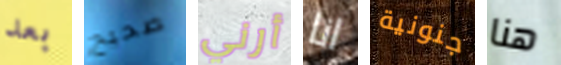
بعد صحيح أرني انا جنونية هنا